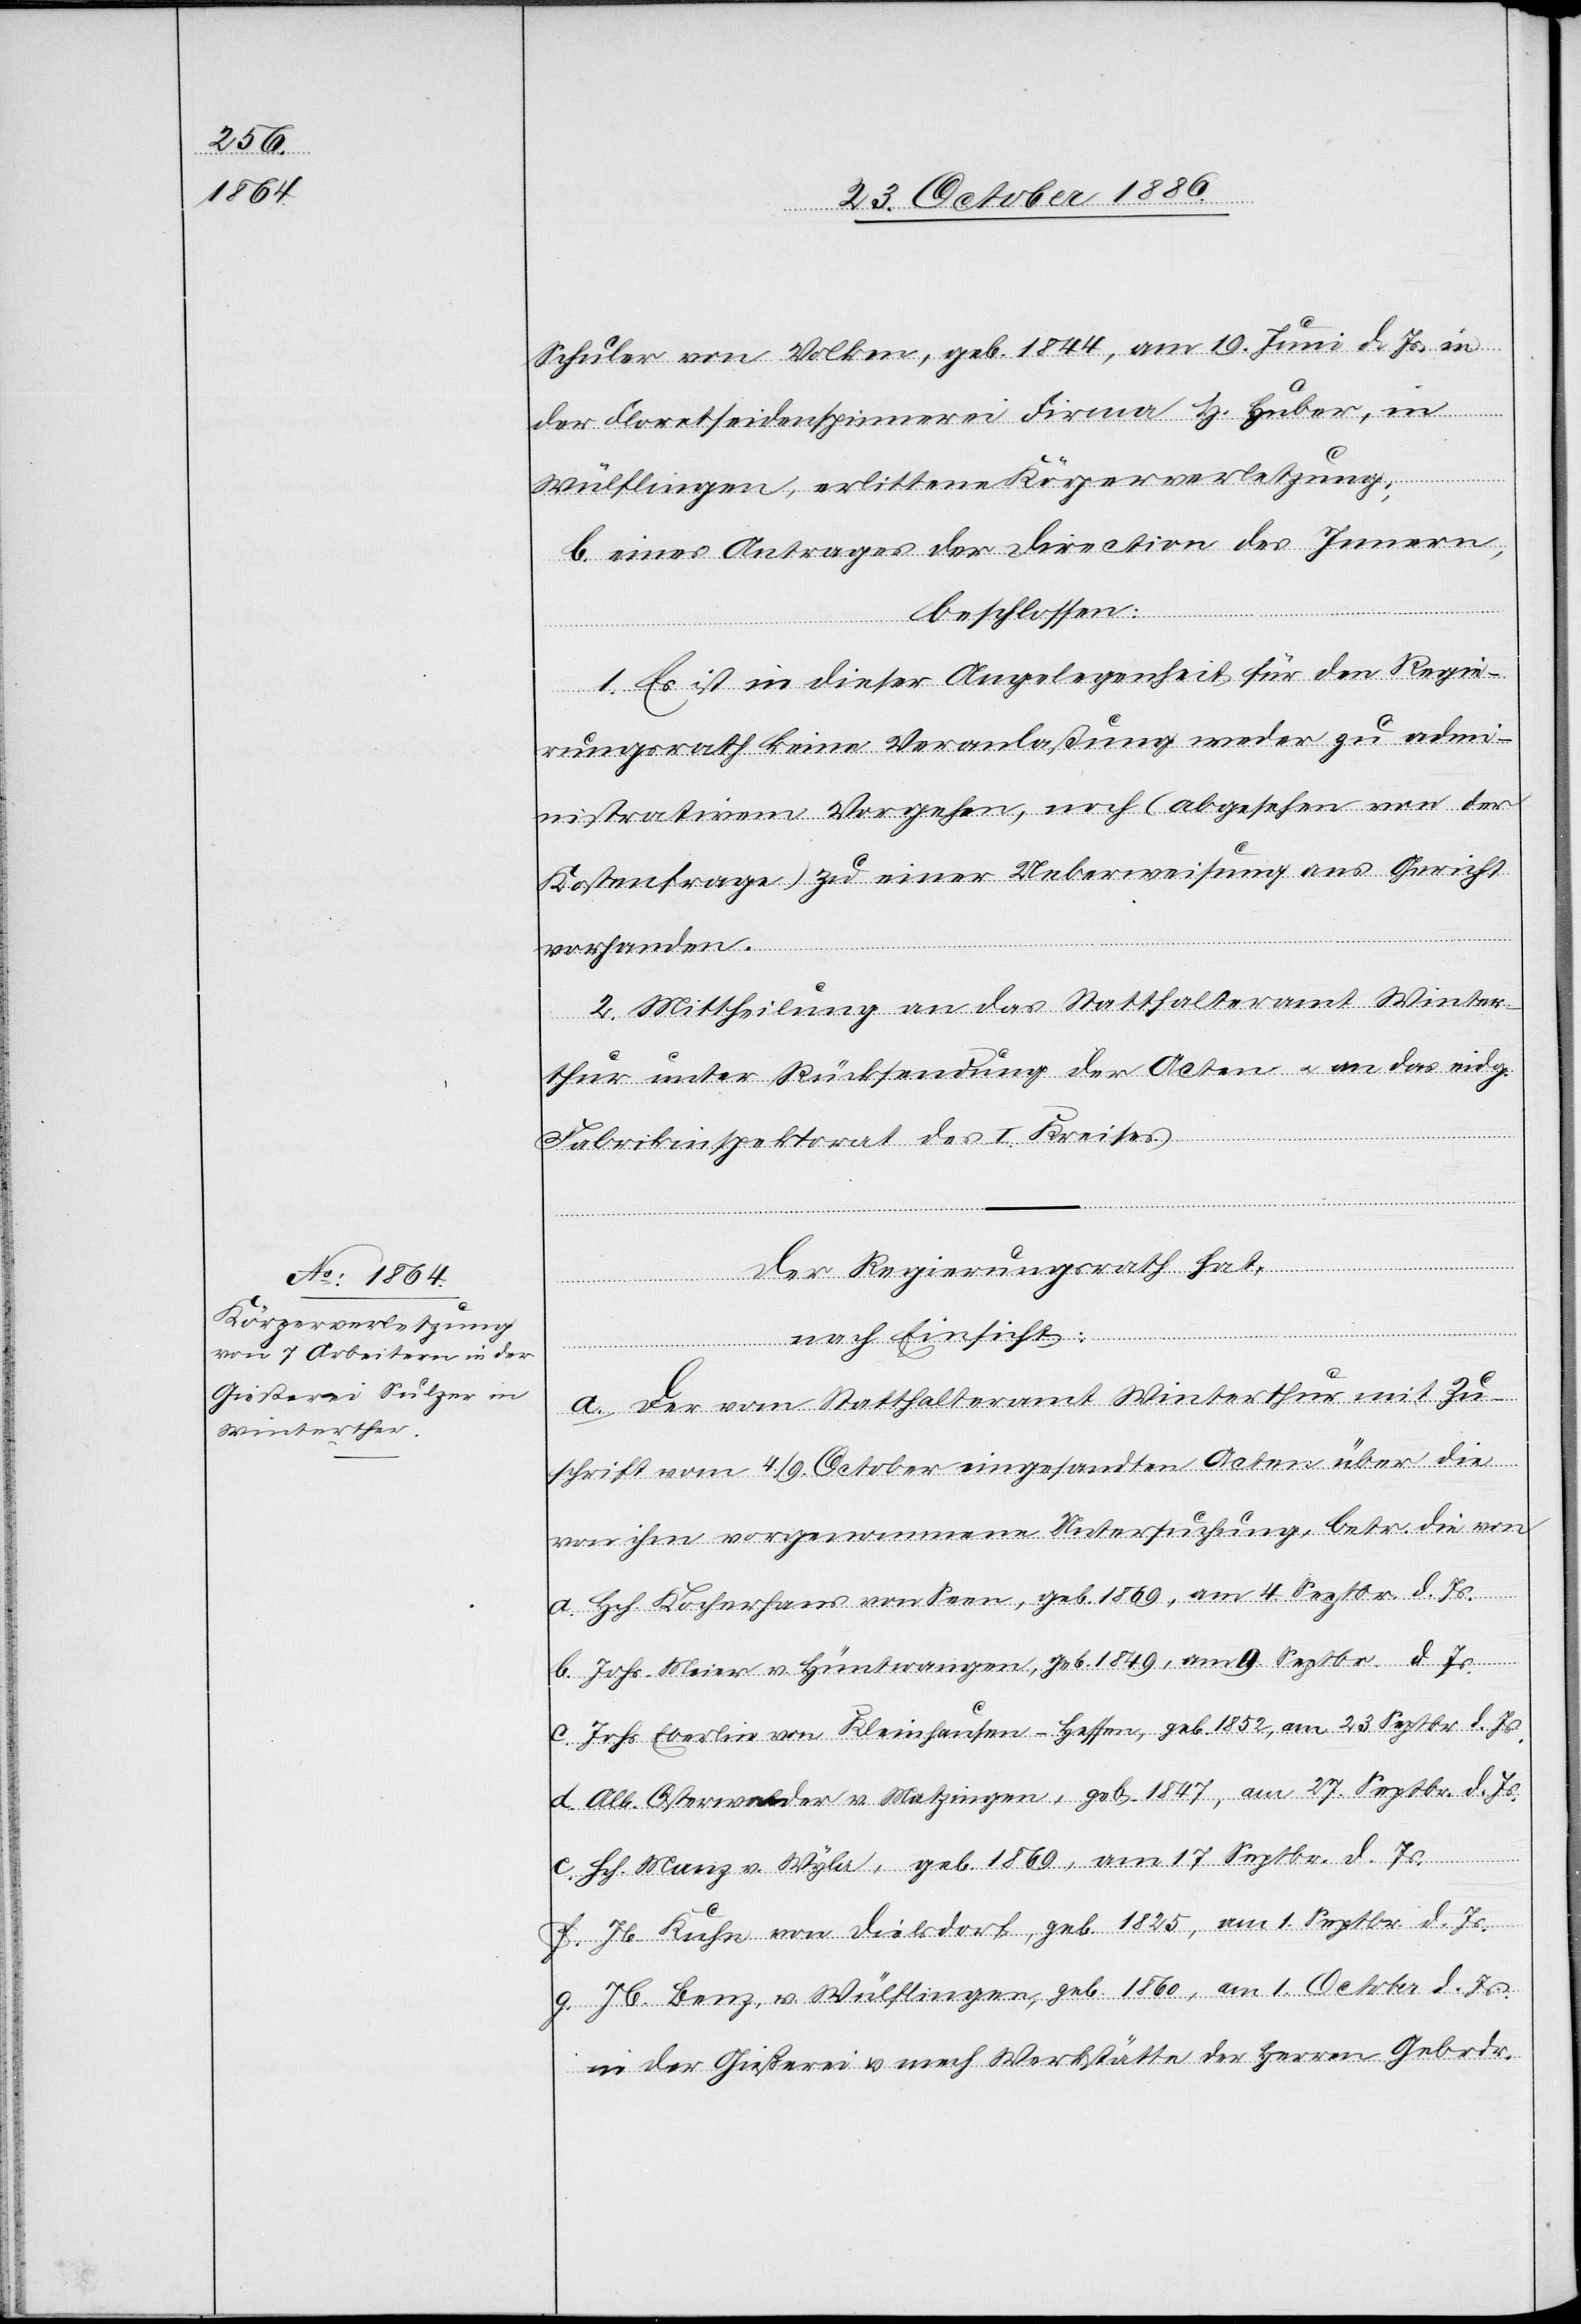
Schuler von Volken, geb. 1844, am 19. Juni d. Js. in
der Floretseidenspinnerei Firma H. Huber, in
Wülflingen, erlittene Körperverletzung;
b. eines Antrages der Direction des Innern,
beschlossen:
1. Es ist in dieser Angelegenheit für den Regie¬
rungsrath keine Veranlaßung weder zu admi¬
nistrativem Vorgehen, noch (abgesehen von der
Kostenfrage) zu einer Ueberweisung ans Gericht
vorhanden.
2. Mittheilung an das Statthalteramt Winter¬
thur unter Rücksendung der Acten & an das eidg.
Fabrikinspektorat des I. Kreises.
Der Regierungsrath hat,
nach Einsicht:
a. Der vom Statthalteramt Winterthur mit Zu¬
schrift vom 4./9. October eingesandten Acten über die
von ihm vorgenommene Untersuchung, betr. die von
a. Hch. Kocherhans von Seen, geb. 1869, am 4. Septbr. d. Js.
b. Johs. Meier v. Hüntwangen, geb. 1849, am 9. Septbr. d. Js.
c. Johs. Eberlin von Kleinhausen - Hessen, geb. 1852, am 23. Septbr. d. Js.
d. Alb. Osterwalder v. Matzingen, geb. 1847, am 27. Septbr. d. Js.
e. Hch. Manz v. Wyla, geb. 1869, am 17. Sebtbr. d. Js.
f. Jb. Kuhn von Dielsdorf, geb. 1825, am 1. Septbr. d. Js.
g. Jb. Benz, v. Wülflingen, geb. 1860, am 1. October d. Js.
in der Gießerei & mech. Werkstätte der Herren Gebrdr.